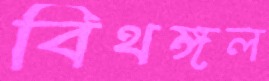
বিথঙ্গল